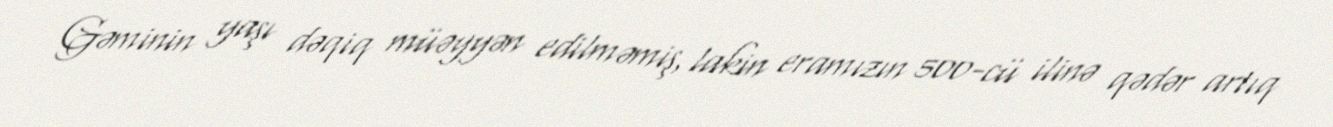
Gəminin yaşı dəqiq müəyyən edilməmiş, lakin eramızın 500-cü ilinə qədər artıq